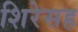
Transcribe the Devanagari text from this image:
शिरेसह